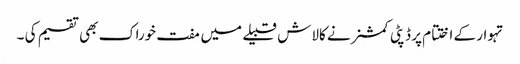
تہوار کے اختتام پر ڈپٹی کمشنر نے کالاش قبیلے میں مفت خوراک بھی تقسیم کی ۔